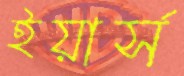
ইয়ার্স